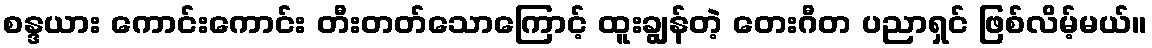
စန္ဒယား ကောင်းကောင်း တီးတတ်သောကြောင့် ထူးချွန်တဲ့ တေးဂီတ ပညာရှင် ဖြစ်လိမ့်မယ်။